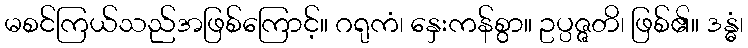
မစင်ကြယ်သည်အဖြစ်ကြောင့်။ ဂရုကံ၊ နှေးကန်စွာ။ ဥပ္ပဇ္ဇတိ၊ ဖြစ်၏။ ဒန္ဓံ၊